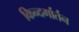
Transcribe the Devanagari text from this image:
किन्दर्गार्तन